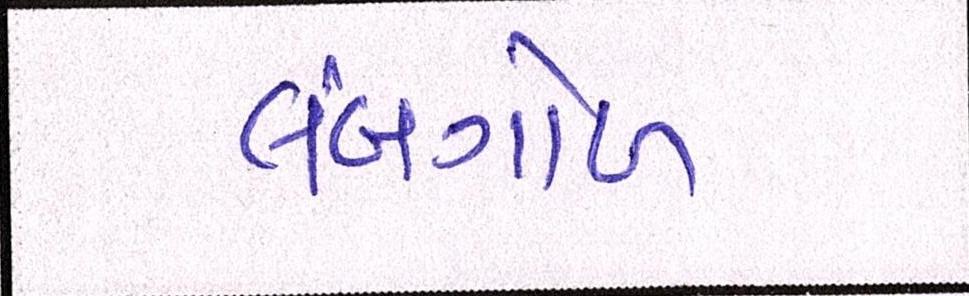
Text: લંબગોળ